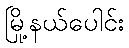
မြို့နယ်ပေါင်း